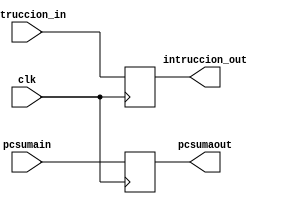
module buffer1(
input [31:0]intruccion_in,
input [31:0]pcsumain,
input clk,
output reg [31:0]intruccion_out,
output reg [31:0]pcsumaout

);

always @(posedge clk)
	begin
	intruccion_out = intruccion_in;
	pcsumaout =  pcsumain;
	end 

endmodule